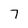
Character: 7